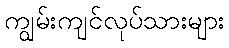
ကျွမ်းကျင်လုပ်သားများ